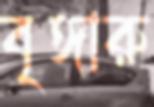
বৃঙ্গারু